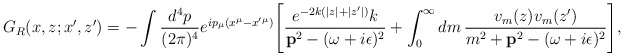
\begin{align*}G_R(x,z;x',z')=-\int \frac{d^4 p}{(2\pi)^4}e^{ip_{\mu}(x^{\mu}-x'{}^{\mu})}\Biggl[\frac{e^{-2k(|z|+|z'|)} k}{ {\bf p}^2-(\omega+i\epsilon)^2}+\int_0^{\infty} dm\, \frac{v_m(z) v_m(z')}{ m^2+{\bf p}^2-(\omega+i\epsilon)^2}\Biggr],\end{align*}